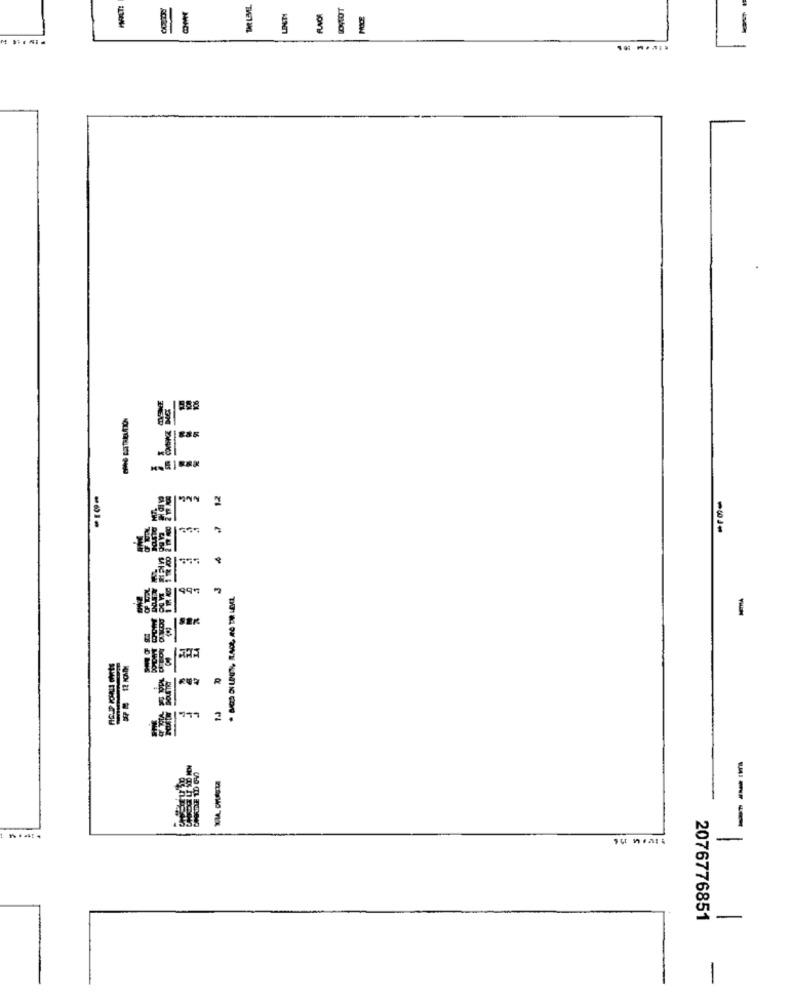
-
-
41
58
995
-
SER
R
---
-
2076776851
-
-